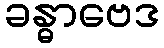
ခန္ဓာဗေဒ